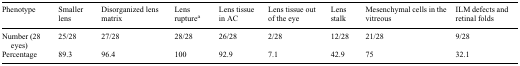
| Phenotype | Smaller lens | Disorganized lens matrix | Lens rupturea | Lens tissue in AC | Lens tissue out of the eye | Lens stalk | Mesenchymal cells in the vitreous | ILM defects and retinal folds |
 | --- | --- | --- | --- | --- | --- | --- | --- | --- |
 | Number (28 eyes) | 25/28 | 27/28 | 28/28 | 26/28 | 2/28 | 12/28 | 21/28 | 9/28 |
 | Percentage | 89.3 | 96.4 | 100 | 92.9 | 7.1 | 42.9 | 75 | 32.1 |